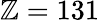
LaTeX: \mathbb{Z}=131